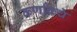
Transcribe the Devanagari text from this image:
कर्णाकचे